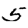
Digit: 5